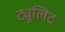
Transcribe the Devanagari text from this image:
ट्यूलिट